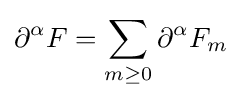
\partial ^{\alpha }F=\sum _{m\geq 0}\partial ^{\alpha }F_{m}